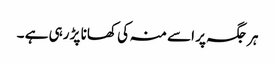
ہر جگہ پر اسے منہ کی کھانا پڑ رہی ہے ۔